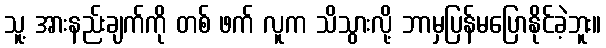
သူ့ အားနည်းချက်ကို တစ် ဖက် လူက သိသွားလို့ ဘာမှပြန်မပြောနိုင်ခဲ့ဘူး။